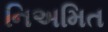
નિઅમિત